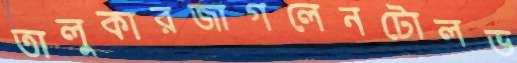
তালুকারজাগলেনটোলভ